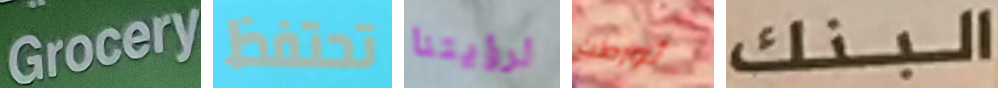
Grocery تحتفظ لرؤيتنا تورطت البنك